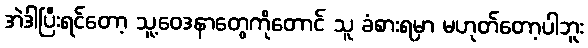
အဲဒါပြီးရင်တော့ သူ့ဝေဒနာတွေကိုတောင် သူ ခံစားရမှာ မဟုတ်တော့ပါဘူး